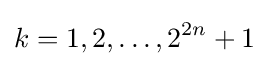
k=1,2,\ldots ,2^{2n}+1